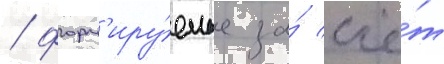
/ форм'иру́емые за́ счё́т